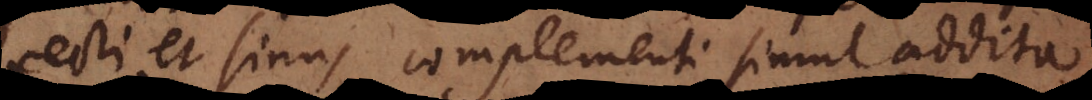
recti et sinus complementi simul addita